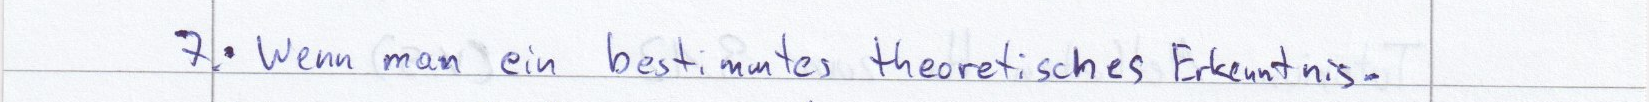
7. Wenn man ein bestimmtes theoretisches Erkenntnis -